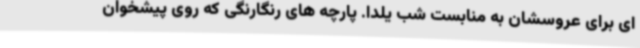
ای برای عروسشان به منابست شب یلدا. پارچه های رنگارنگی که روی پیشخوان